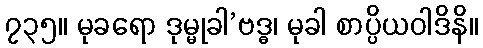
၇၃၅။ မုခရော ဒုမ္မုခါ’ဗဒ္ဓ၊ မုခါ စာပ္ပိယဝါဒိနိ။